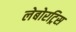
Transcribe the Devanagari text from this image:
लेबोरट्रिस